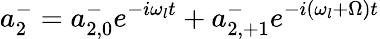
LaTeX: a_{2}^{-}=a_{2,0}^{-}e^{-i\omega_{l}t}+a_{2,+1}^{-}e^{-i(\omega_{l}+\Omega)t}